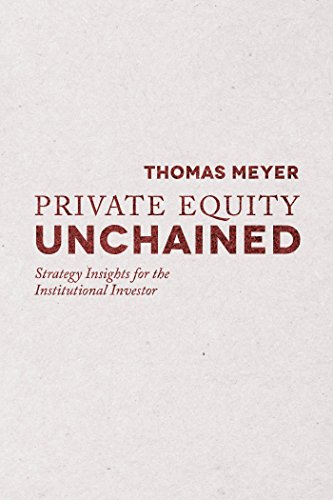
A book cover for Private Equity Unchained: Strategy Insights for the Institutional Investor; Thomas Meyer; Business & Money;